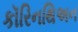
કૉરિનથિઅન